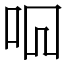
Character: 𫩦